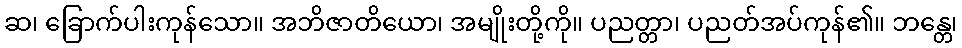
ဆ၊ ခြောက်ပါးကုန်သော။ အဘိဇာတိယော၊ အမျိုးတို့ကို။ ပညတ္တာ၊ ပညတ်အပ်ကုန်၏။ ဘန္တေ၊